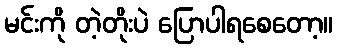
မင်းကို တဲ့တိုးပဲ ပြောပါရစေတော့။